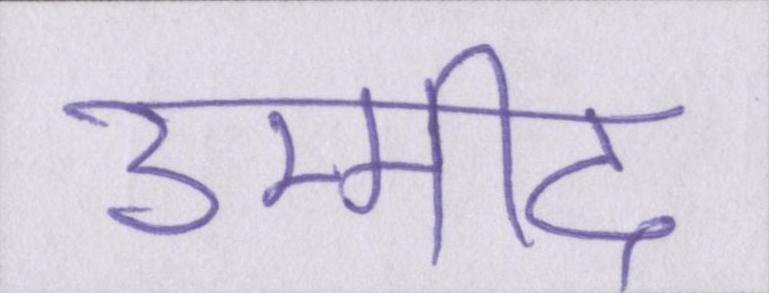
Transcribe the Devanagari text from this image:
उम्मीद